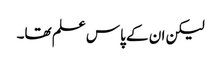
لیکن ان کے پاس علم تھا۔